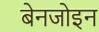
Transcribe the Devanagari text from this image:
बेनजोइन